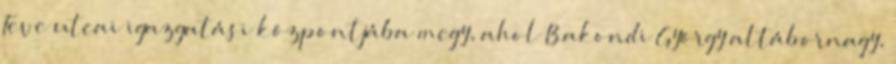
Teve utcai igazgatási központjába megy, ahol Bakondi György altábornagy,